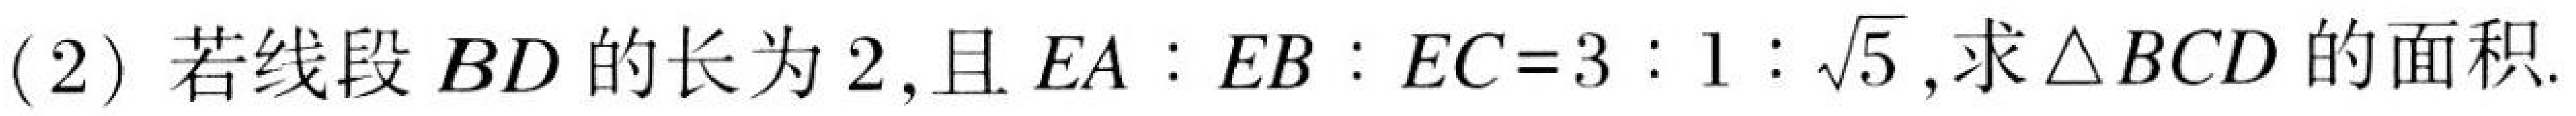
(2) 若线段\(BD\)的长为\(2\), 且\(EA:EB:EC = 3:1:\sqrt{5}\), 求\(\triangle BCD\)的面积.